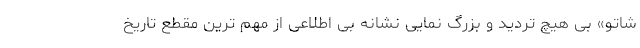
شاتو» بی هیچ تردید و بزرگ نمایی نشانه بی اطلاعی از مهم ترین مقطع تاریخ